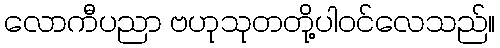
လောကီပညာ ဗဟုသုတတို့ပါဝင်လေသည်။